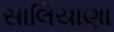
સાલિયાણા